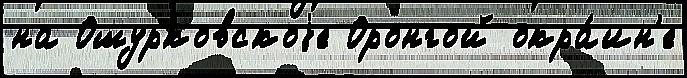
на Ошурковскоjе Оронгой окра́ин'е